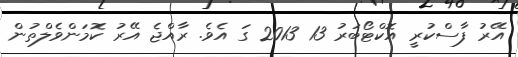
އޭރު ފާސްކުރީ އޮކްޓޯބަރު 13 2013 ގަ އެވެ. ރާއްޖެ އޭރު ކޮމަންވެލްތުން